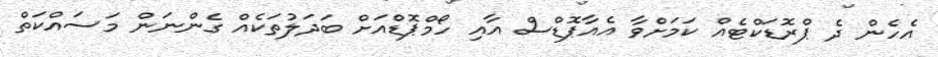
އެހެން ދެ ޕްރޮޑަކްޓެއް ކަމަށްވާ އެއާޕޮޑްސް އާއި ހޯމްޕޮޑްއަށް ބަދަލުތަކެއް ގެންނަން މަސައްކަތް